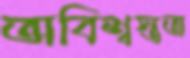
অবিশ্বস্ততা